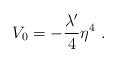
\begin{align*}V_0 = - {{\lambda '}\over 4} \eta^4 \ .\end{align*}